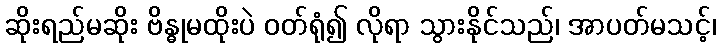
ဆိုးရည်မဆိုး ဗိန္ဓုမထိုးပဲ ဝတ်ရုံ၍ လိုရာ သွားနိုင်သည်၊ အာပတ်မသင့်၊